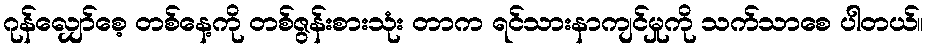
ဂုန်လျှော်စေ့ တစ်နေ့ကို တစ်ဇွန်းစားသုံး တာက ရင်သားနာကျင်မှုကို သက်သာစေ ပါတယ်။